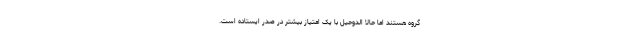
گروه هستند اما حالا الدوحیل با یک امتیاز بیشتر در صدر ایستاده است.